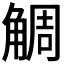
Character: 𧣷